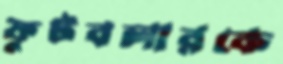
ফুটবলারকে